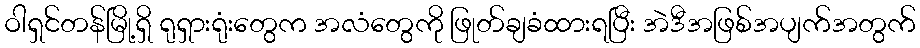
ဝါရှင်တန်မြို့ရှိ ရုရှားရုံးတွေက အလံတွေကို ဖြုတ်ချခံထားရပြီး အဲဒီအဖြစ်အပျက်အတွက်